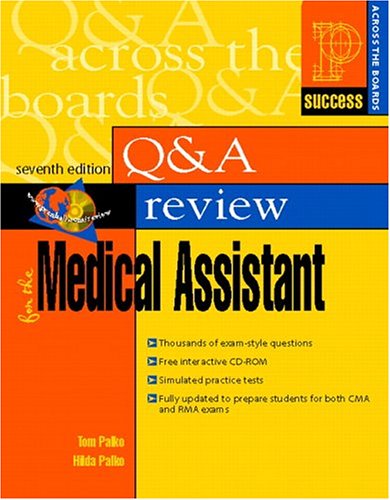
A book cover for Q & A Review for the Medical Assistant, 7th Edition; Tom Palko; Medical Books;